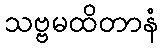
သဗ္ဗမထိတာနံ